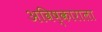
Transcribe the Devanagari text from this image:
अविष्काराला